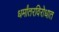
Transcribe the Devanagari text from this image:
धर्मांतरविरोधात